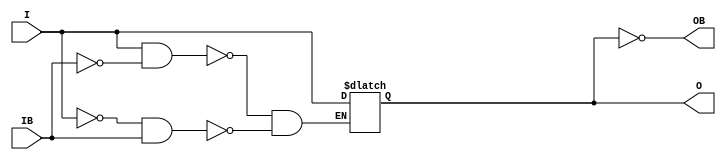
// $Header: /devl/xcs/repo/env/Databases/CAEInterfaces/verunilibs/data/unisims/IBUFGDS_DIFF_OUT.v,v 1.8 2009/08/21 23:55:43 harikr Exp $
///////////////////////////////////////////////////////////////////////////////
// Copyright (c) 1995/2004 Xilinx, Inc.
// All Right Reserved.
///////////////////////////////////////////////////////////////////////////////
//   ____  ____
//  /   /\/   /
// /___/  \  /    Vendor : Xilinx
// \   \   \/     Version : 10.1
//  \   \         Description : Xilinx Functional Simulation Library Component
//  /   /                  Differential Signaling Input Clock Buffer with Differential Outputs
// /___/   /\     Filename : IBUFGDS_DIFF_OUT.v
// \   \  /  \    Timestamp : Thu Mar 25 16:42:25 PST 2004
//  \___\/\___\
//
// Revision:
//    03/23/04 - Initial version.
//    05/23/07 - Changed timescale to 1 ps / 1 ps.
//    02/10/09 - CR 430124 -- Added attribute DIFF_TERM.
//    06/02/09 - CR 523083 -- Added attribute IBUF_LOW_PWR.
// End Revision


`timescale  1 ps / 1 ps


module IBUFGDS_DIFF_OUT (O, OB, I, IB);

    parameter DIFF_TERM = "FALSE";
    parameter IBUF_LOW_PWR = "TRUE";
    parameter IOSTANDARD = "LVDS_25";

    output O, OB;

    input  I, IB;

    reg  o_out;

    buf B0 (O, o_out);
    not B1 (OB, o_out);

    initial begin
        case (DIFF_TERM)

            "TRUE", "FALSE" : ;
            default : begin
                          $display("Attribute Syntax Error : The attribute DIFF_TERM on IBUFGDS_DIFF_OUT instance %m is set to %s.  Legal values for this attribute are TRUE or FALSE.", DIFF_TERM);
                          $finish;
                      end

        endcase // case(DIFF_TERM)

        case (IBUF_LOW_PWR)

            "FALSE", "TRUE" : ;
            default : begin
                          $display("Attribute Syntax Error : The attribute IBUF_LOW_PWR on IBUFGDS_DIFF_OUT instance %m is set to %s.  Legal values for this attribute are TRUE or FALSE.", IBUF_LOW_PWR);
                          $finish;
                      end

        endcase

    end

    always @(I or IB) begin
	if (I == 1'b1 && IB == 1'b0)
	    o_out <= I;
	else if (I == 1'b0 && IB == 1'b1)
	    o_out <= I;
    end


endmodule